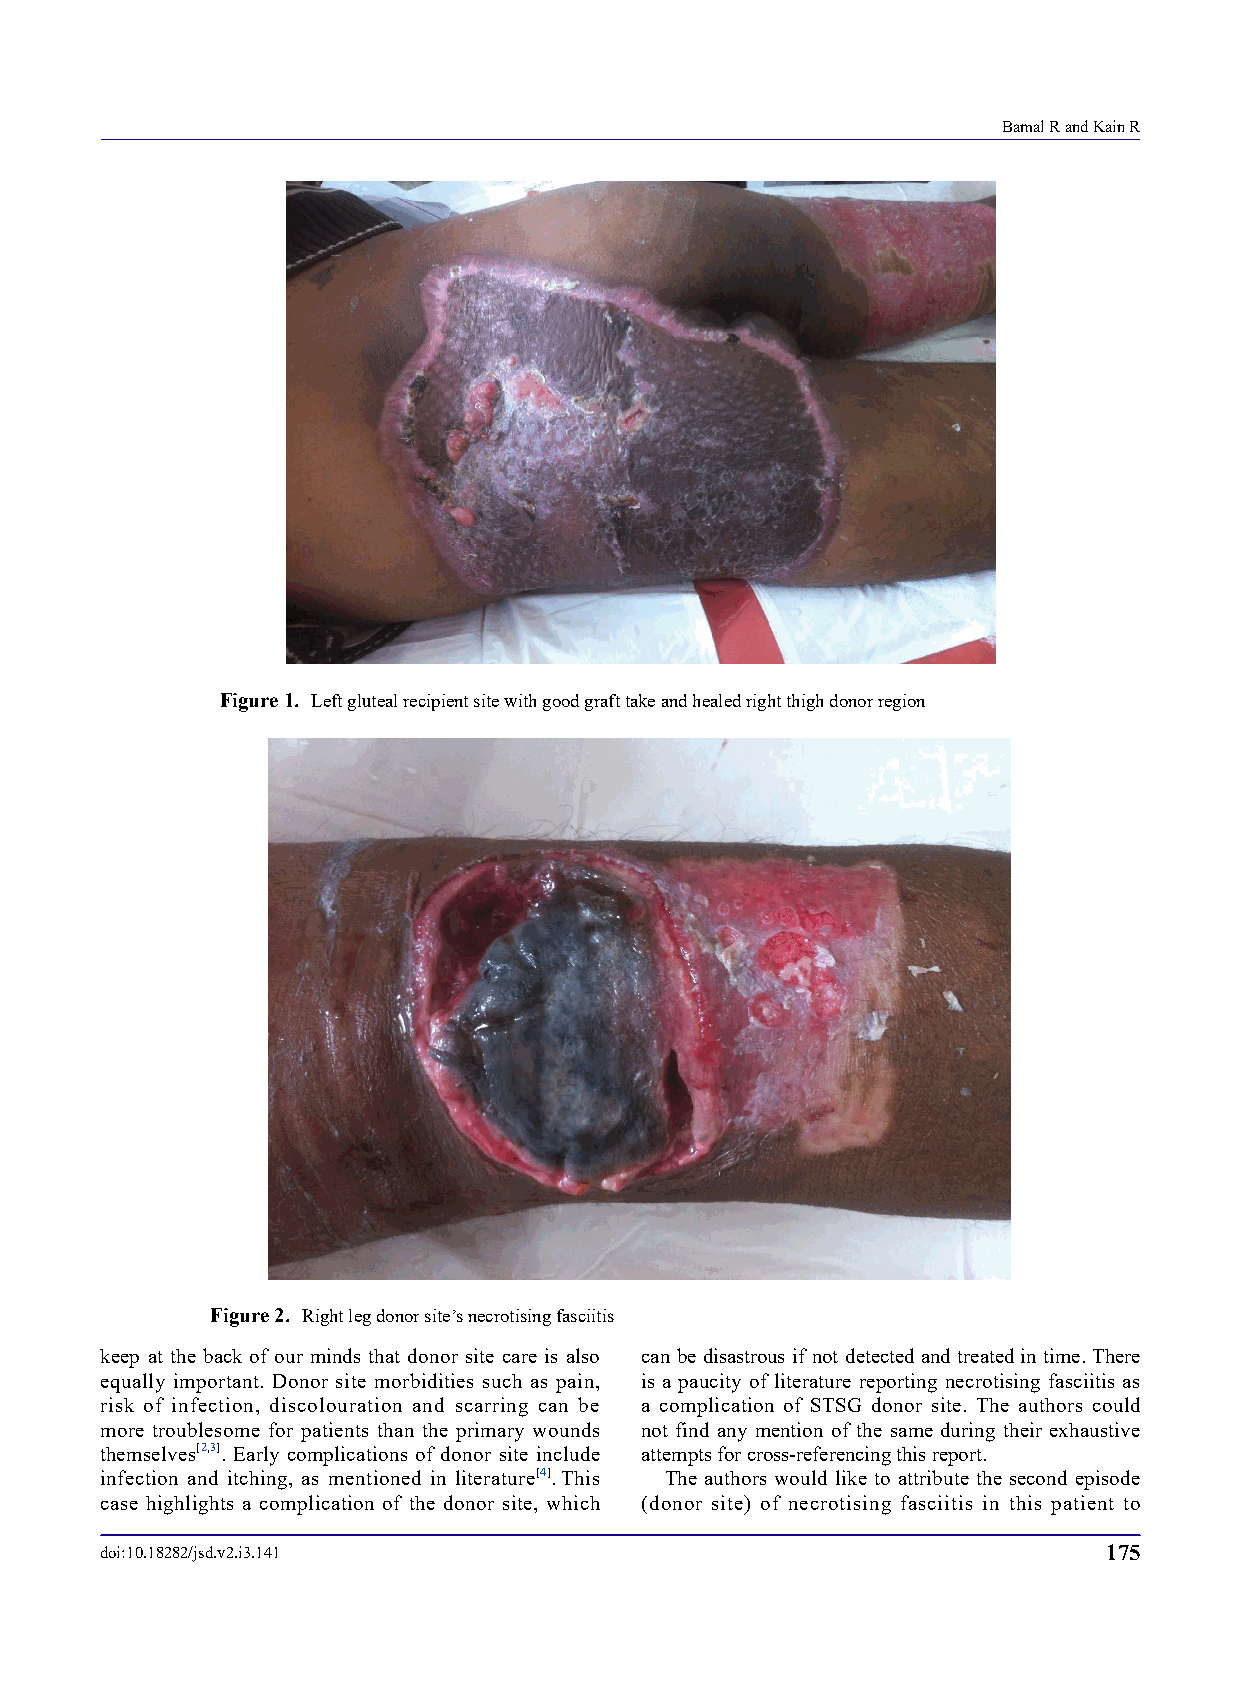
Bamal R and Kain R
 Figure 1. Left gluteal recipient site with good graft take and healed right thigh donor region
 Figure 2. Right leg donor site’s necrotising fasciitis
 keep at the back of our minds that donor site care is also can be disastrous if not detected and treated in time. There
 equally important. Donor site morbidities such as pain, is a paucity of literature reporting necrotising fasciitis as
 risk of infection, discolouration and scarring can be a complication of STSG donor site. The authors could
 more troublesome for patients than the primary wounds not find any mention of the same during their exhaustive
 themselves[2,3]. Early complications of donor site include attempts for cross-referencing this report.
 infection and itching, as mentioned in literature[4]. This The authors would like to attribute the second episode
 case highlights a complication of the donor site, which (donor site) of necrotising fasciitis in this patient to
 doi:10.18282/jsd.v2.i3.141                                        175